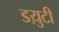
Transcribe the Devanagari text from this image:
डय़ुटी